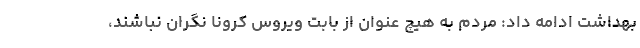
بهداشت ادامه داد: مردم به هیچ عنوان از بابت ویروس کرونا نگران نباشند،